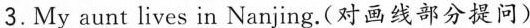
3. My aunt lives \underline{in Nanjing}.(对画线部分提问)